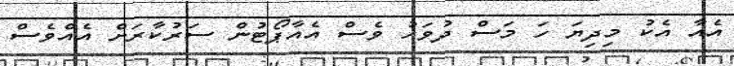
އެއާ އެކު މިދިޔަ ހަ މަސް ދުވަހު ވެސް އެއާޕޯޓުން ސަރުކާރަށް އެއްވެސް